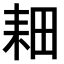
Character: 𫅹